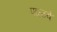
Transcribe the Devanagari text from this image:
पाळवे